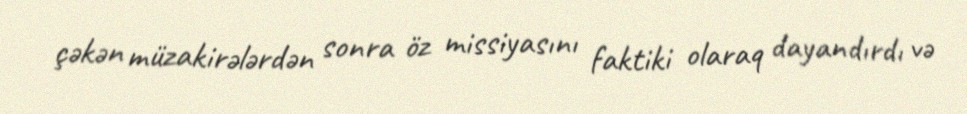
çəkən müzakirələrdən sonra öz missiyasını faktiki olaraq dayandırdı və